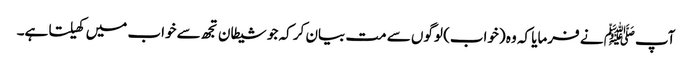
آپﷺ نے فرمایا کہ وہ (خواب) لوگوں سے مت بیان کر کہ جو شیطان تجھ سے خواب میں کھیلتا ہے۔